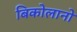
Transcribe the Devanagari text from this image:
बिकोलानो